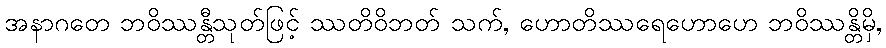
အနာဂတေ ဘဝိဿန္တီသုတ်ဖြင့် ဿတိဝိဘတ် သက်, ဟောတိဿရေဟောဟေ ဘဝိဿန္တိမှိ,